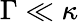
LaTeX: \Gamma\ll\kappa